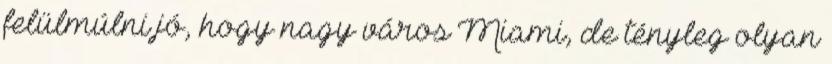
felülmúlni jó, hogy nagy város Miami, de tényleg olyan